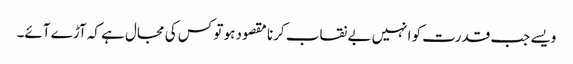
ویسے جب قدرت کو انہیں بے نقاب کرنا مقصود ہو تو کس کی مجال ہے کہ آڑے آئے۔